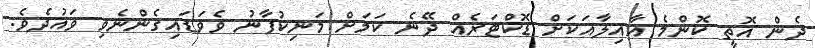
ދެން އޮތީ ކޮންމެ އާއިލާއަކަށް ޑޮކްޓަރެއް ދޭނެ ކަމަށް މަނިކުފާނު ވެވަޑައިގެންނެވި ވައުދެވެ.